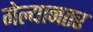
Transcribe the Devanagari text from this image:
गेल्यानतर